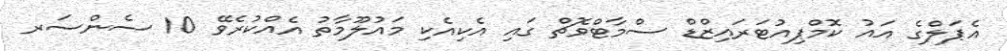
އެޕަލްގެ އައު ކޮމްޕިއުޓަރައިޒްޑް ސްމާޓްވޮޗް ގައި އެކިއެކި މައުލޫމާތު އެއްކުރެވޭ 10 ސެންސަރ